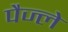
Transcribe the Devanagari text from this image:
पैज्ले